Report of an investigation into the causes of the diseases known in Assam as Kála-Azár and Beri-Beri
Disease focus: Beri-Beri
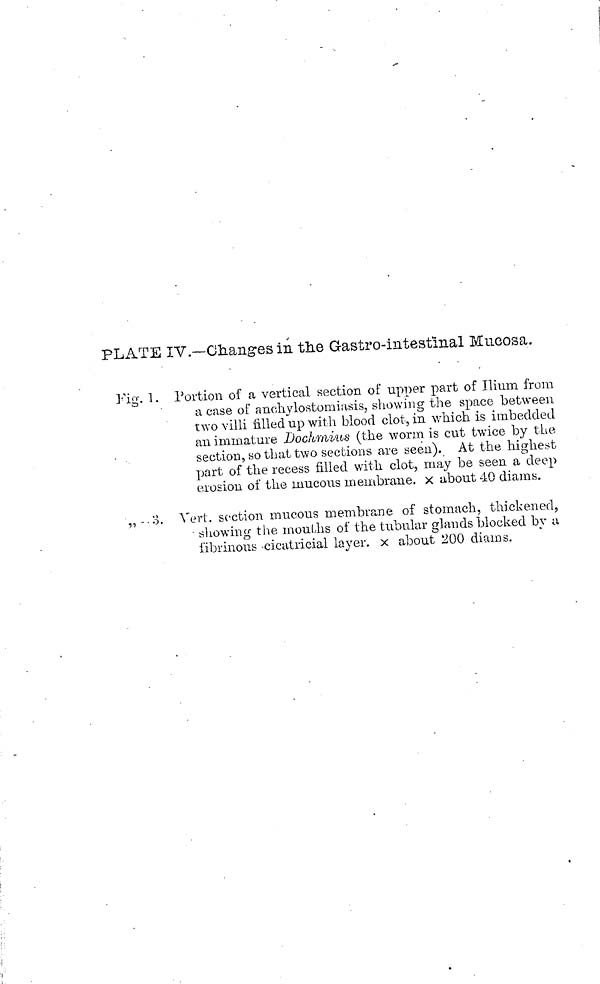
PLATE IV.—Changes in the Gastrointestinal Mucosa.
Fig. 1. Portion of a vertical section of upper part of Ilium from
a case of anehylostomiasis, showing the space between
two villi filled up with blood clot, in which is imbedded
an immature Dochmius (the worm is cut twice by the
section, so that two sections are seen). At the highest
part of the recess filled with clot, may be seen a deep
erosion of the mucous membrane, χ about 40 diams.
,, . o. Vert, section mucous membrane of stomach, thickened,
showing the mouths of the tubular glands blocked by a
fibrinous -cicatricial layer, χ about 200 diams.